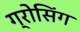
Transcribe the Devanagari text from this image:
ग्रोसिंग